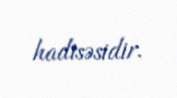
hadisəsidir.